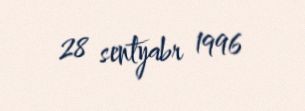
28 sentyabr 1996